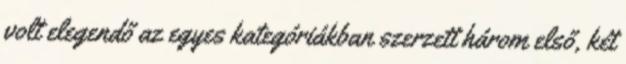
volt elegendő az egyes kategóriákban szerzett három első, két